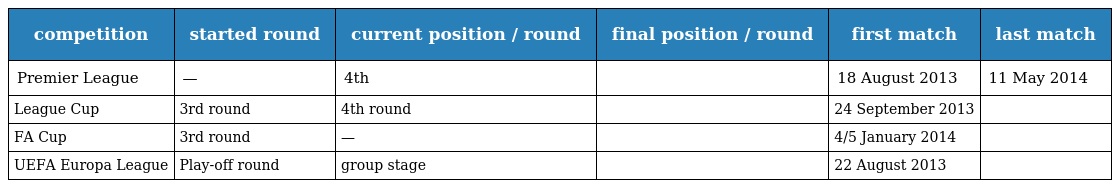
| competition | started round | current position / round | final position / round | first match | last match |
 | --- | --- | --- | --- | --- | --- |
 | Premier League | — | 4th |  | 18 August 2013 | 11 May 2014 |
 | League Cup | 3rd round | 4th round |  | 24 September 2013 |  |
 | FA Cup | 3rd round | — |  | 4/5 January 2014 |  |
 | UEFA Europa League | Play-off round | group stage |  | 22 August 2013 |  |